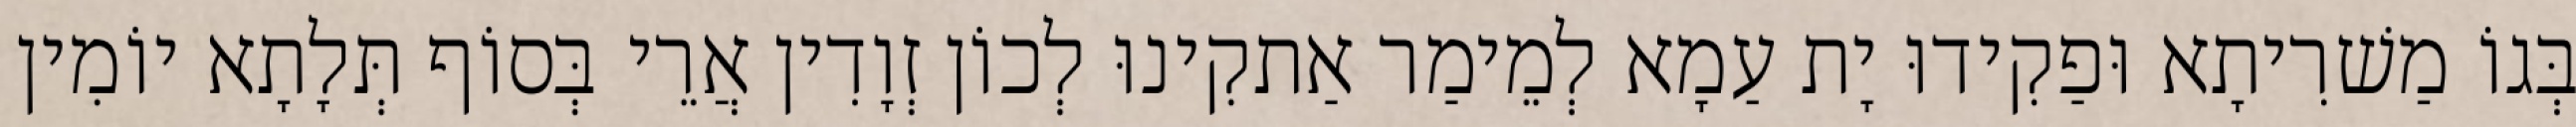
בְּגוֹ מַשׁרִיתָא וּפַקִידוּ יָת עַמָא לְמֵימַר אַתקִינוּ לְכוֹן זְוָדִין אֲרֵי בְּסוֹף תְּלָתָא יוֹמִין